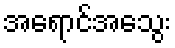
အရောင်အသွေး